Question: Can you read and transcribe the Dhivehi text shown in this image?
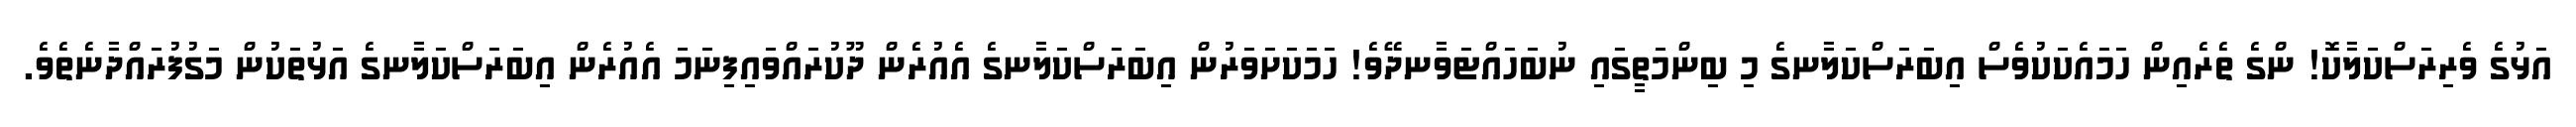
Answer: އަޅުގެ ވެރިރަސްކަލާކޮ! ންގެ ތެރެއިން ހަމައެކަކުވެސް އިބަރަސްކަލާނގެ މި ބިންމަތީގައި ނުބަހައްޓަވާނދޭވެ! ހަމަކަށަވަރުން އިބަރަސްކަލާނގެ އެއުރެން ދޫކުރައްވައިފިނަމަ އެއުރެން އިބަރަސްކަލާނގެ އަޅުތަކުން މަގުފުރައްދާނެތެވެ.